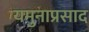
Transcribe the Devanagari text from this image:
यमुनाप्रसाद